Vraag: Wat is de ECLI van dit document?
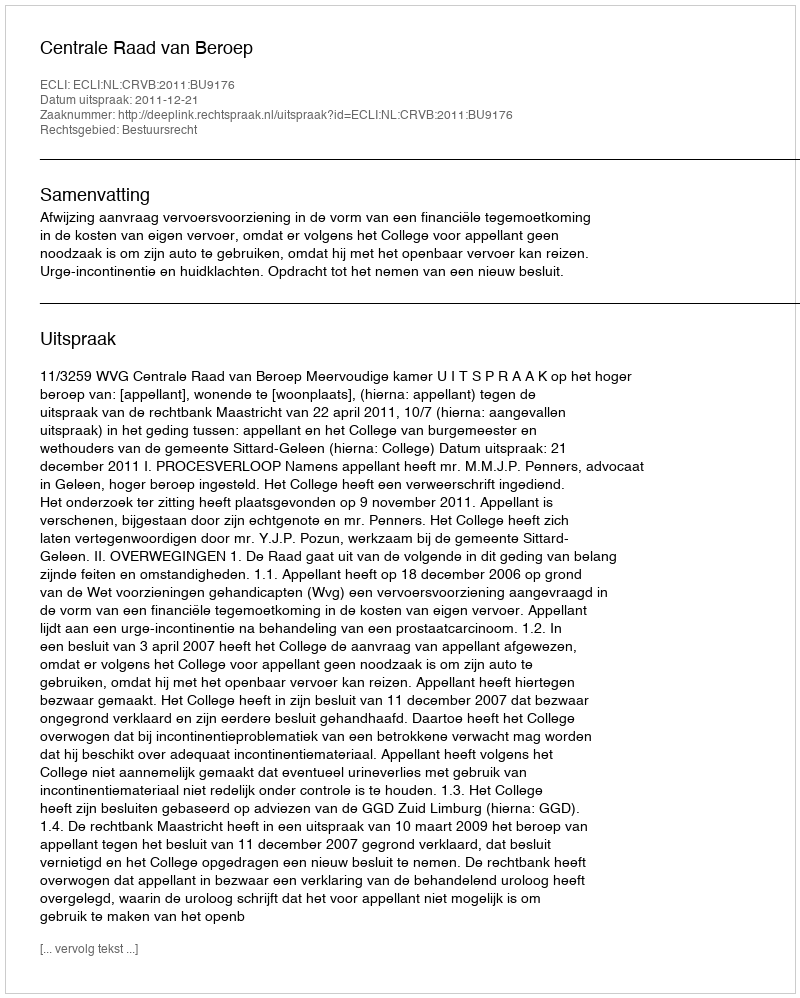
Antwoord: ECLI:NL:CRVB:2011:BU9176